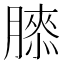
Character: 𰯌